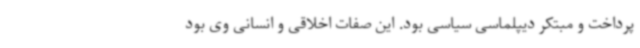
پرداخت و مبتکر دیپلماسی سیاسی بود. این صفات اخلاقی و انسانی وی بود